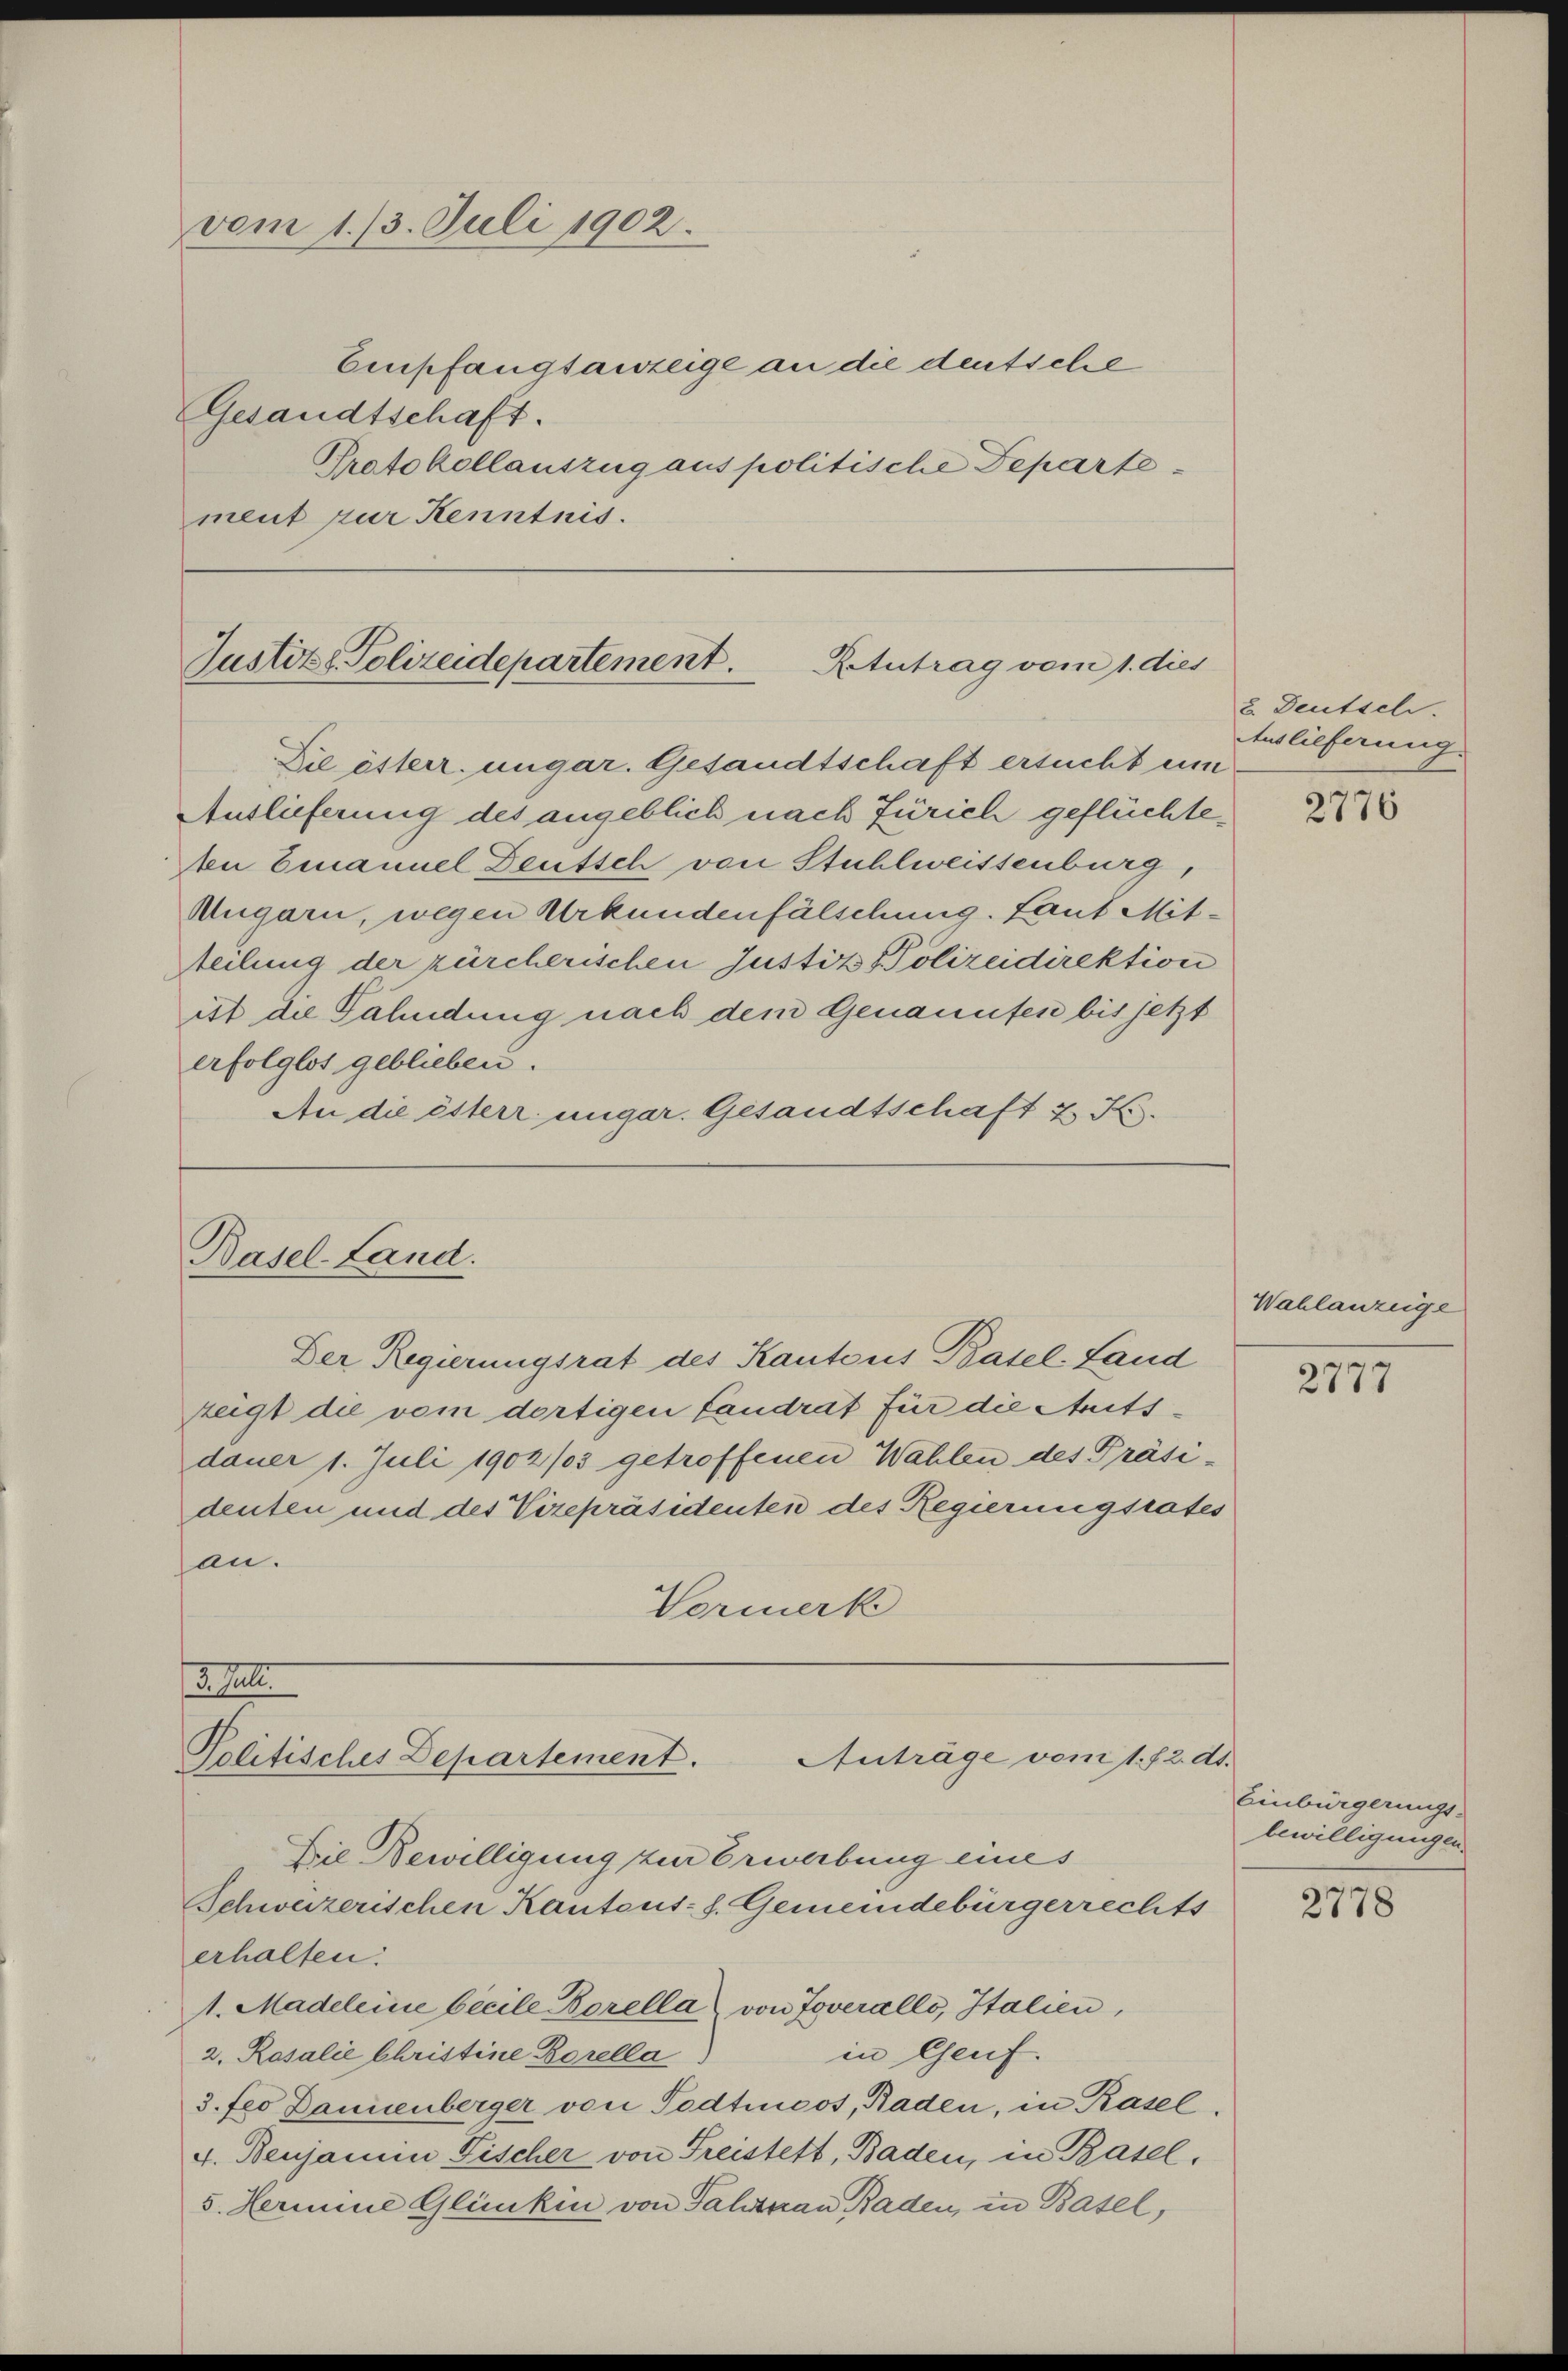
vom 1. 13. Juli 1902.
Empfangsanzeige an die deutsche
Gesandtschaft.
Protokollauszug aus politische Departe¬

ment zur Kenntnis.

Justitz, Polizeidepartement.
Retutrag vom 1. dies

Basel-Land.

Die österr. ungar. Gesandtschaft ersucht um
Auslieferung des angeblich nach Zürich geflüchte¬
An Emanuel Deutsch von Stuhlweissenburg,
Mugarn, wegen Urkundenfälschung. Laut Mittteilung der zürcherischen Justiz Polizeidirektion
ist die Fähndung nach dem Genannten bis jetzt
erfolglos geblieben.
An die österr. ungar. Gesandtschaft 2 K

Der Regierungsrat des Kantons Basel-Land
zeigt die vom dortigen Landrat für die Mitsdauer 1. Juli 1902/03 getroffenen Wahlen des Präsi-
denten und des Vizepräsidenten des Regierungsrates
an.
Vormerk

3 h
Anträge vom 1. f. 2. ds.
Volitisches Departement.

Die Bewilligung zur Erwerbung eines
Schweizerischen Kantons- h. Gemeindebürgerrechts
erhalten.
1. Madeleine beeile Borella von Joverallo, Italien,
in Genf.
2. Rosalie Christine Borella
3. Feo Danienberger von Todtmoos, Baden, in Rasel.
4. Benjanum Fischer von Freistett, Baden, in Basel.
5. Hermine Glünken von Fahrnau Baden, in Basel,

2. Deutsch.
Auslieferung

2776

Wahlanzeige

2777

Einbürgerungs-
bewilligungen.

2778